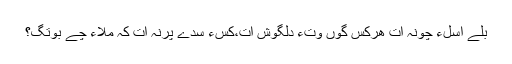
بلے اسلءَ چونہ اَت ھرکس گوں وتءَ دِلگوش اَت،کسءَ سُدے پرنہ اَت کہ مُلاءَ چے بوتگ؟